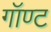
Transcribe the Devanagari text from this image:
गॉण्ट